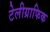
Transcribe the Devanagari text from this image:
टेलीग्राफिक